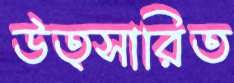
উত্সারিত